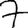
Digit: 7